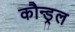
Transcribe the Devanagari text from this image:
कौन्ड्रल